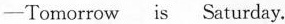
-Tomorrow is Saturday.